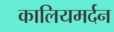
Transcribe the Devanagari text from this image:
कालियमर्दन